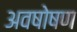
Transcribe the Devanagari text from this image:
अवषोषण